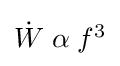
\textstyle {\dot {W}}\;\alpha \;f^{3}